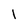
Character: l